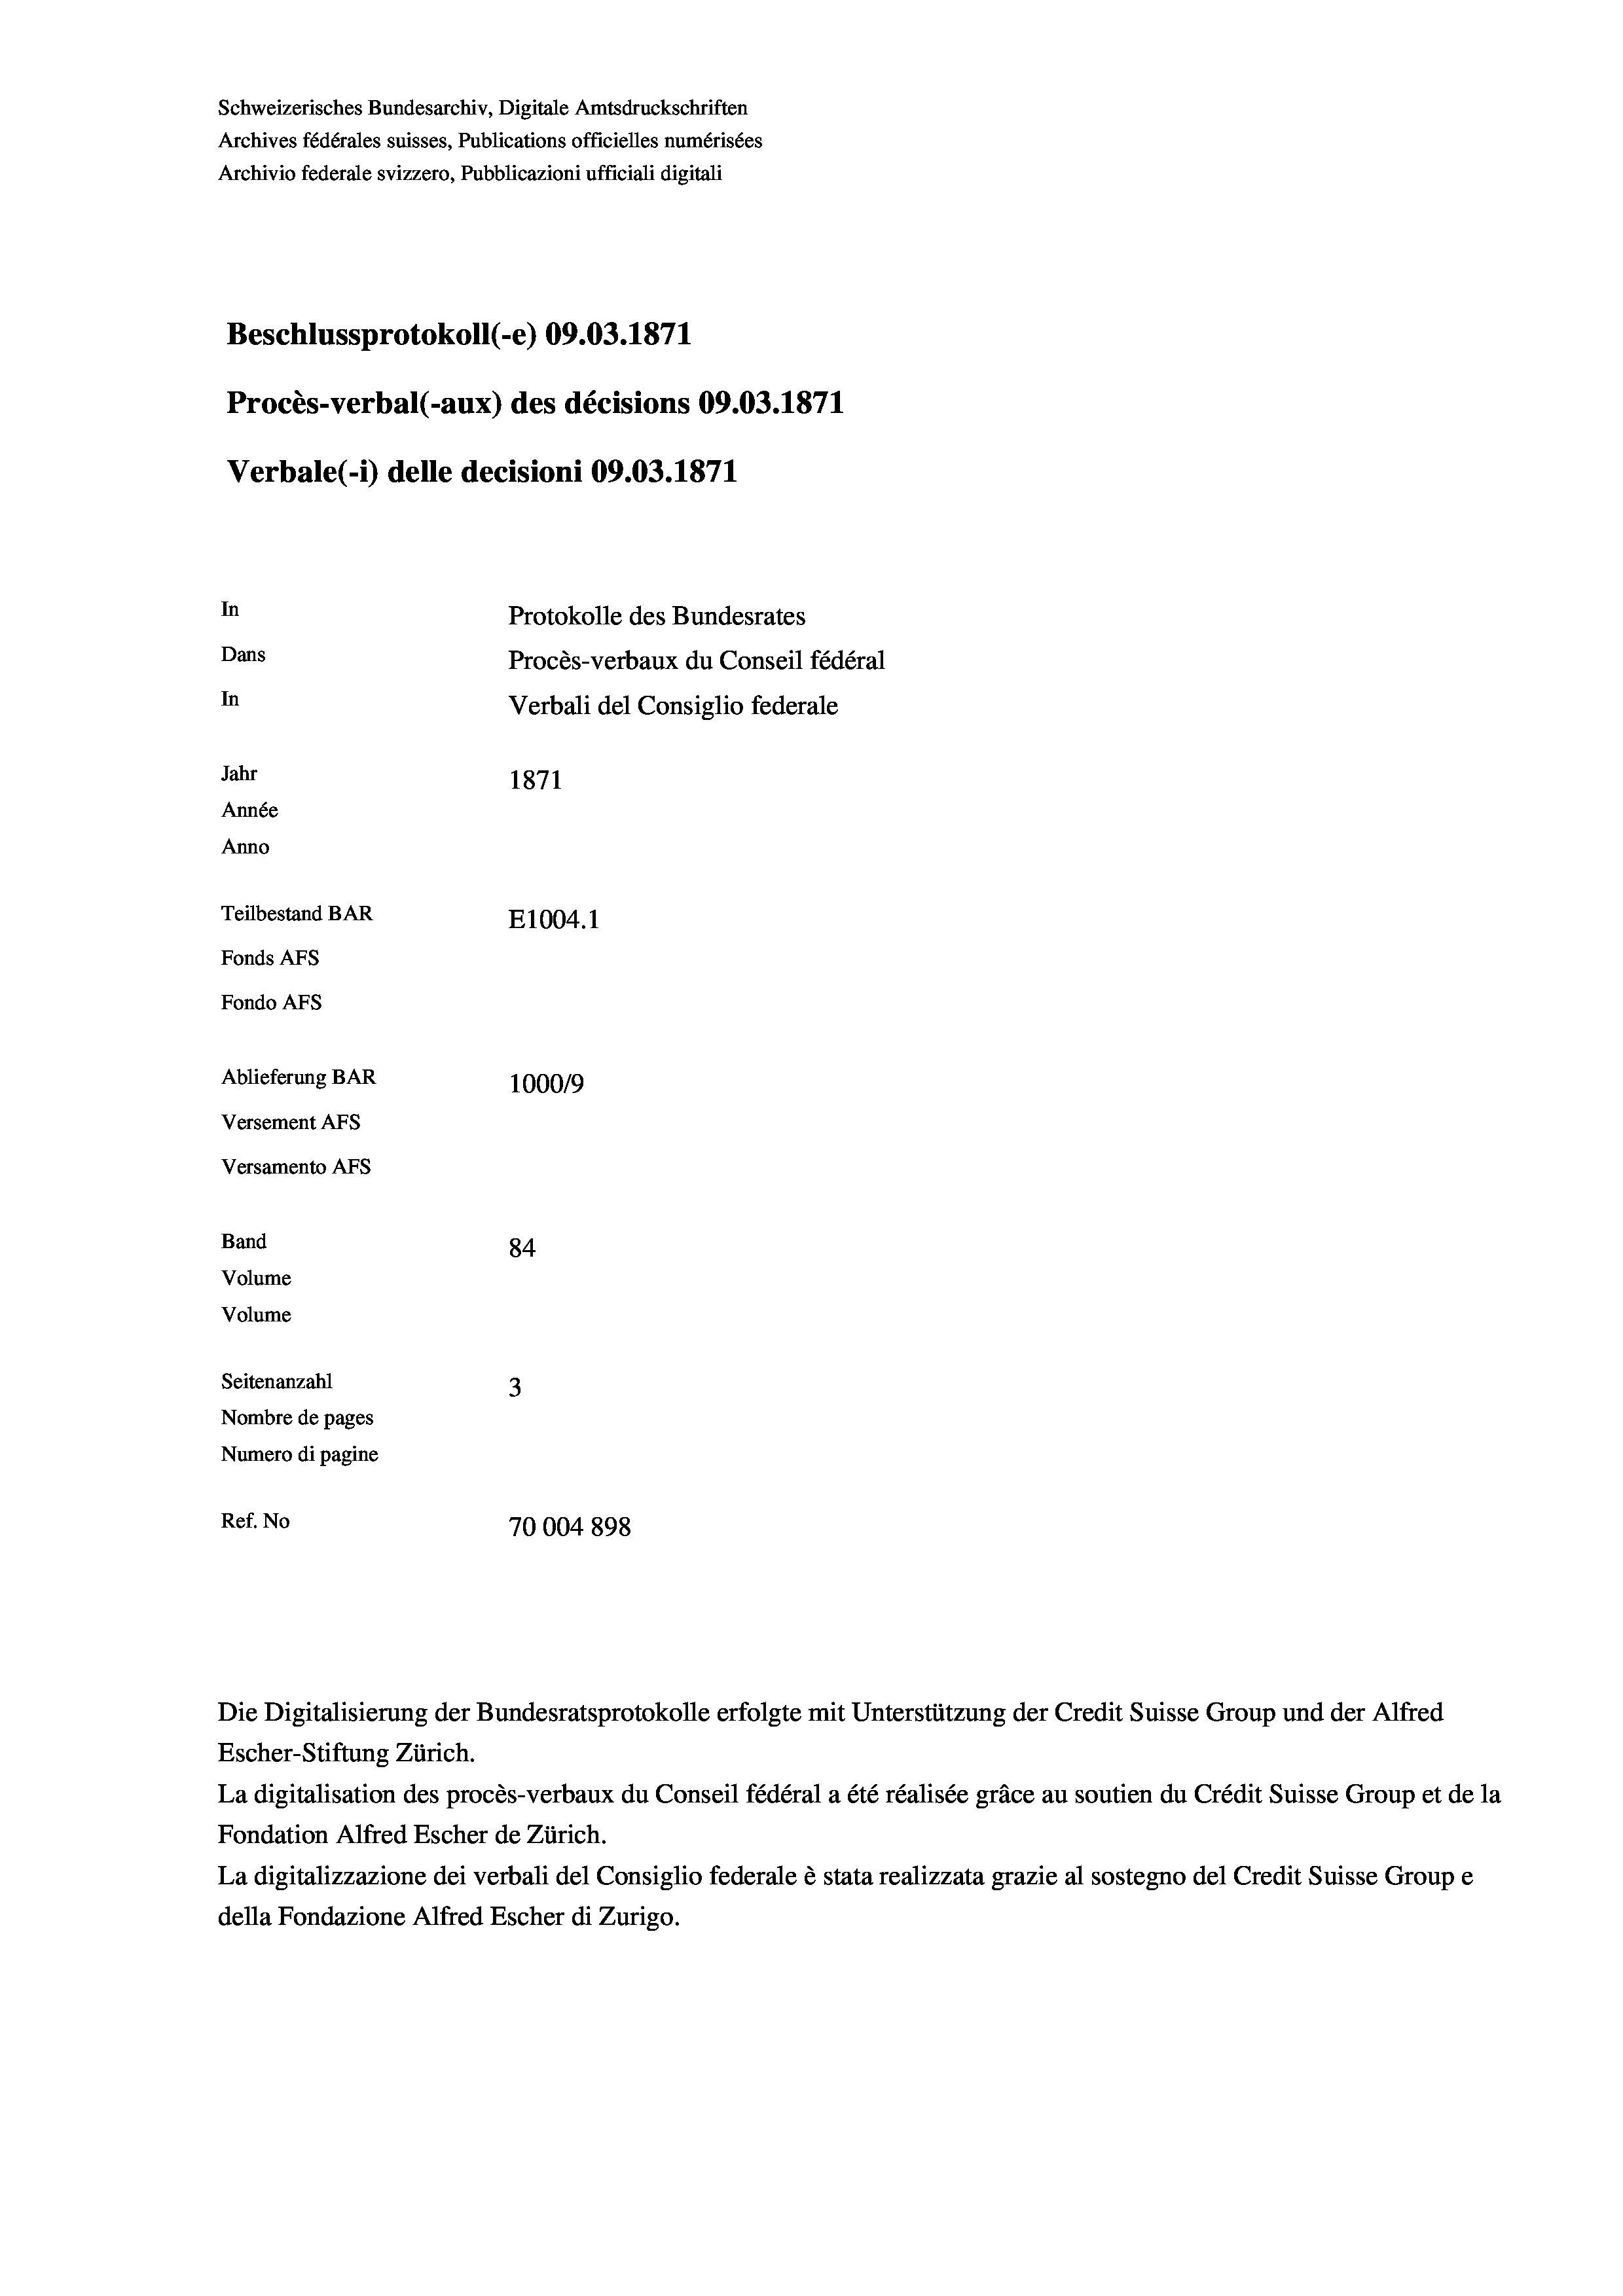
Schweizerisches Bundesarchiv, Digitale Amtsdruckschriften
Archives fédérales suisses, Publications officielles numérisées
Archivio federale svizzero, Pubblicazioni ufficiali digitali
Beschlussprotokoll (-e) 09.03. 1871
Procès-verbal (-aux) des décisions 09.03. 1871
Verbale (i) delle decisioni 09.03. 1871
In
Protokolle des Bundesrates
Dans
Procès-verbaux du Conseil fédéral
In
Verbali del Consiglio federale
Jahr
1871
Année
Anno
Teilbestand BAR
E1004. 1
Fonds AFs
Fondo AFs
Ablieferung BAR
100019
Versement Abs
Versamento Afs
Band
84
Volume
Volume
Seitenanzahl
3

Nombre de pages
Numero di pagine
Ref. No
70004 898

La digitalisation des procès-verbaux du Conseil fédéral a été réalisée gräce au soutien du Crédit Suisse Group et de la
Fondation Alfred Escher de Zürich.
La digitalizzazione dei verbali del Consiglio federale è stata realizzata grazie al sostegno del Credit Suisse Groupe
della Fondazione Alfred Escher di Zurigo.

Die Digitalisierung der Bundesratsprotokolle erfolgte mit Unterstützung der Credit Suisse Group und der Alfred
Escher-Stiftung Zürich.